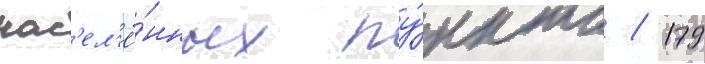
нас'ел'ё́нных пу́нкта / 179